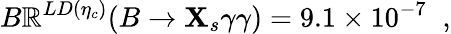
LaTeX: B\mathbb{R}^{LD(\eta_{c})}(B\to\mathbf{X}_{s}\gamma\gamma)=9.1\times10^{-7}\; \; ,